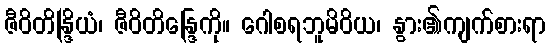
ဇီဝိတိန္ဒြိယံ၊ ဇီဝိတိန္ဒြေကို။ ဂေါစရဘူမိဝိယ၊ နွား၏ကျက်စားရာ